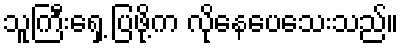
သူကြီးရှေ့ ပြဖို့က လိုနေပေသေးသည်။